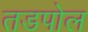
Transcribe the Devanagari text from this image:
तडपोल